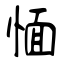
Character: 愐